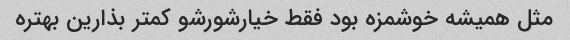
مثل همیشه خوشمزه بود فقط خیارشورشو کمتر بذارین بهتره